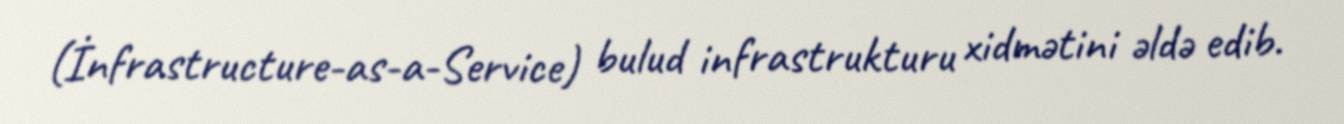
(İnfrastructure-as-a-Service) bulud infrastrukturu xidmətini əldə edib.